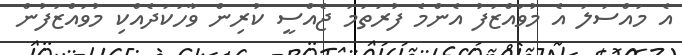
އެ މައްސަލަ އެ މުވައްޒަފު އެންމެ ފުރަތަމަ ޖެއްސީ ކުރިން ވާހަކަދެއްކި މުވައްޒަފުން